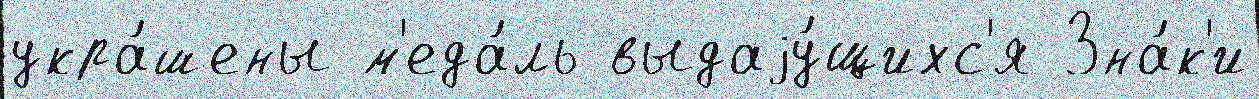
укра́шены м'еда́ль выдаjу́щихс'я Зна́к'и